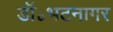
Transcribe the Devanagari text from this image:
डॉ॰भटनागर